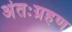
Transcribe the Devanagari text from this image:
अंतःग्रहण